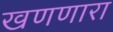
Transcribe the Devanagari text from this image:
खणणारा